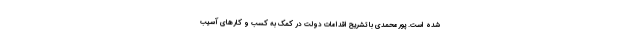
شده است. پورمحمدی با تشریح اقدامات دولت در کمک به کسب و کارهای آسیب